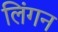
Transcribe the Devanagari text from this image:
लिंगन